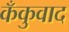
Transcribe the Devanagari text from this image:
कँकुवाद